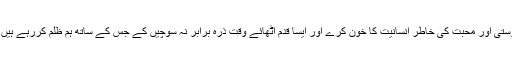
ظاہر ہے کہ جو اپنی نفسانی خواہشات کی تکمیل اور دنیا پرستی کے جلووں سے دوستی اور محبت کی خاطر انسانیت کا خون کرے اور ایسا قدم اٹھائے وقت ذرہ برابر نہ سوچیں کے جس کے ساتھ ہم ظلم کررہے ہیں وہ بھی ہمارے ہی جیسا انسان ہے اور اس کے بھی کچھ تقاضے اور احساسات ہیں۔